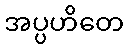
အပ္ပဟိတေ